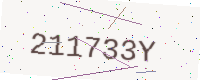
Text: 211733Y